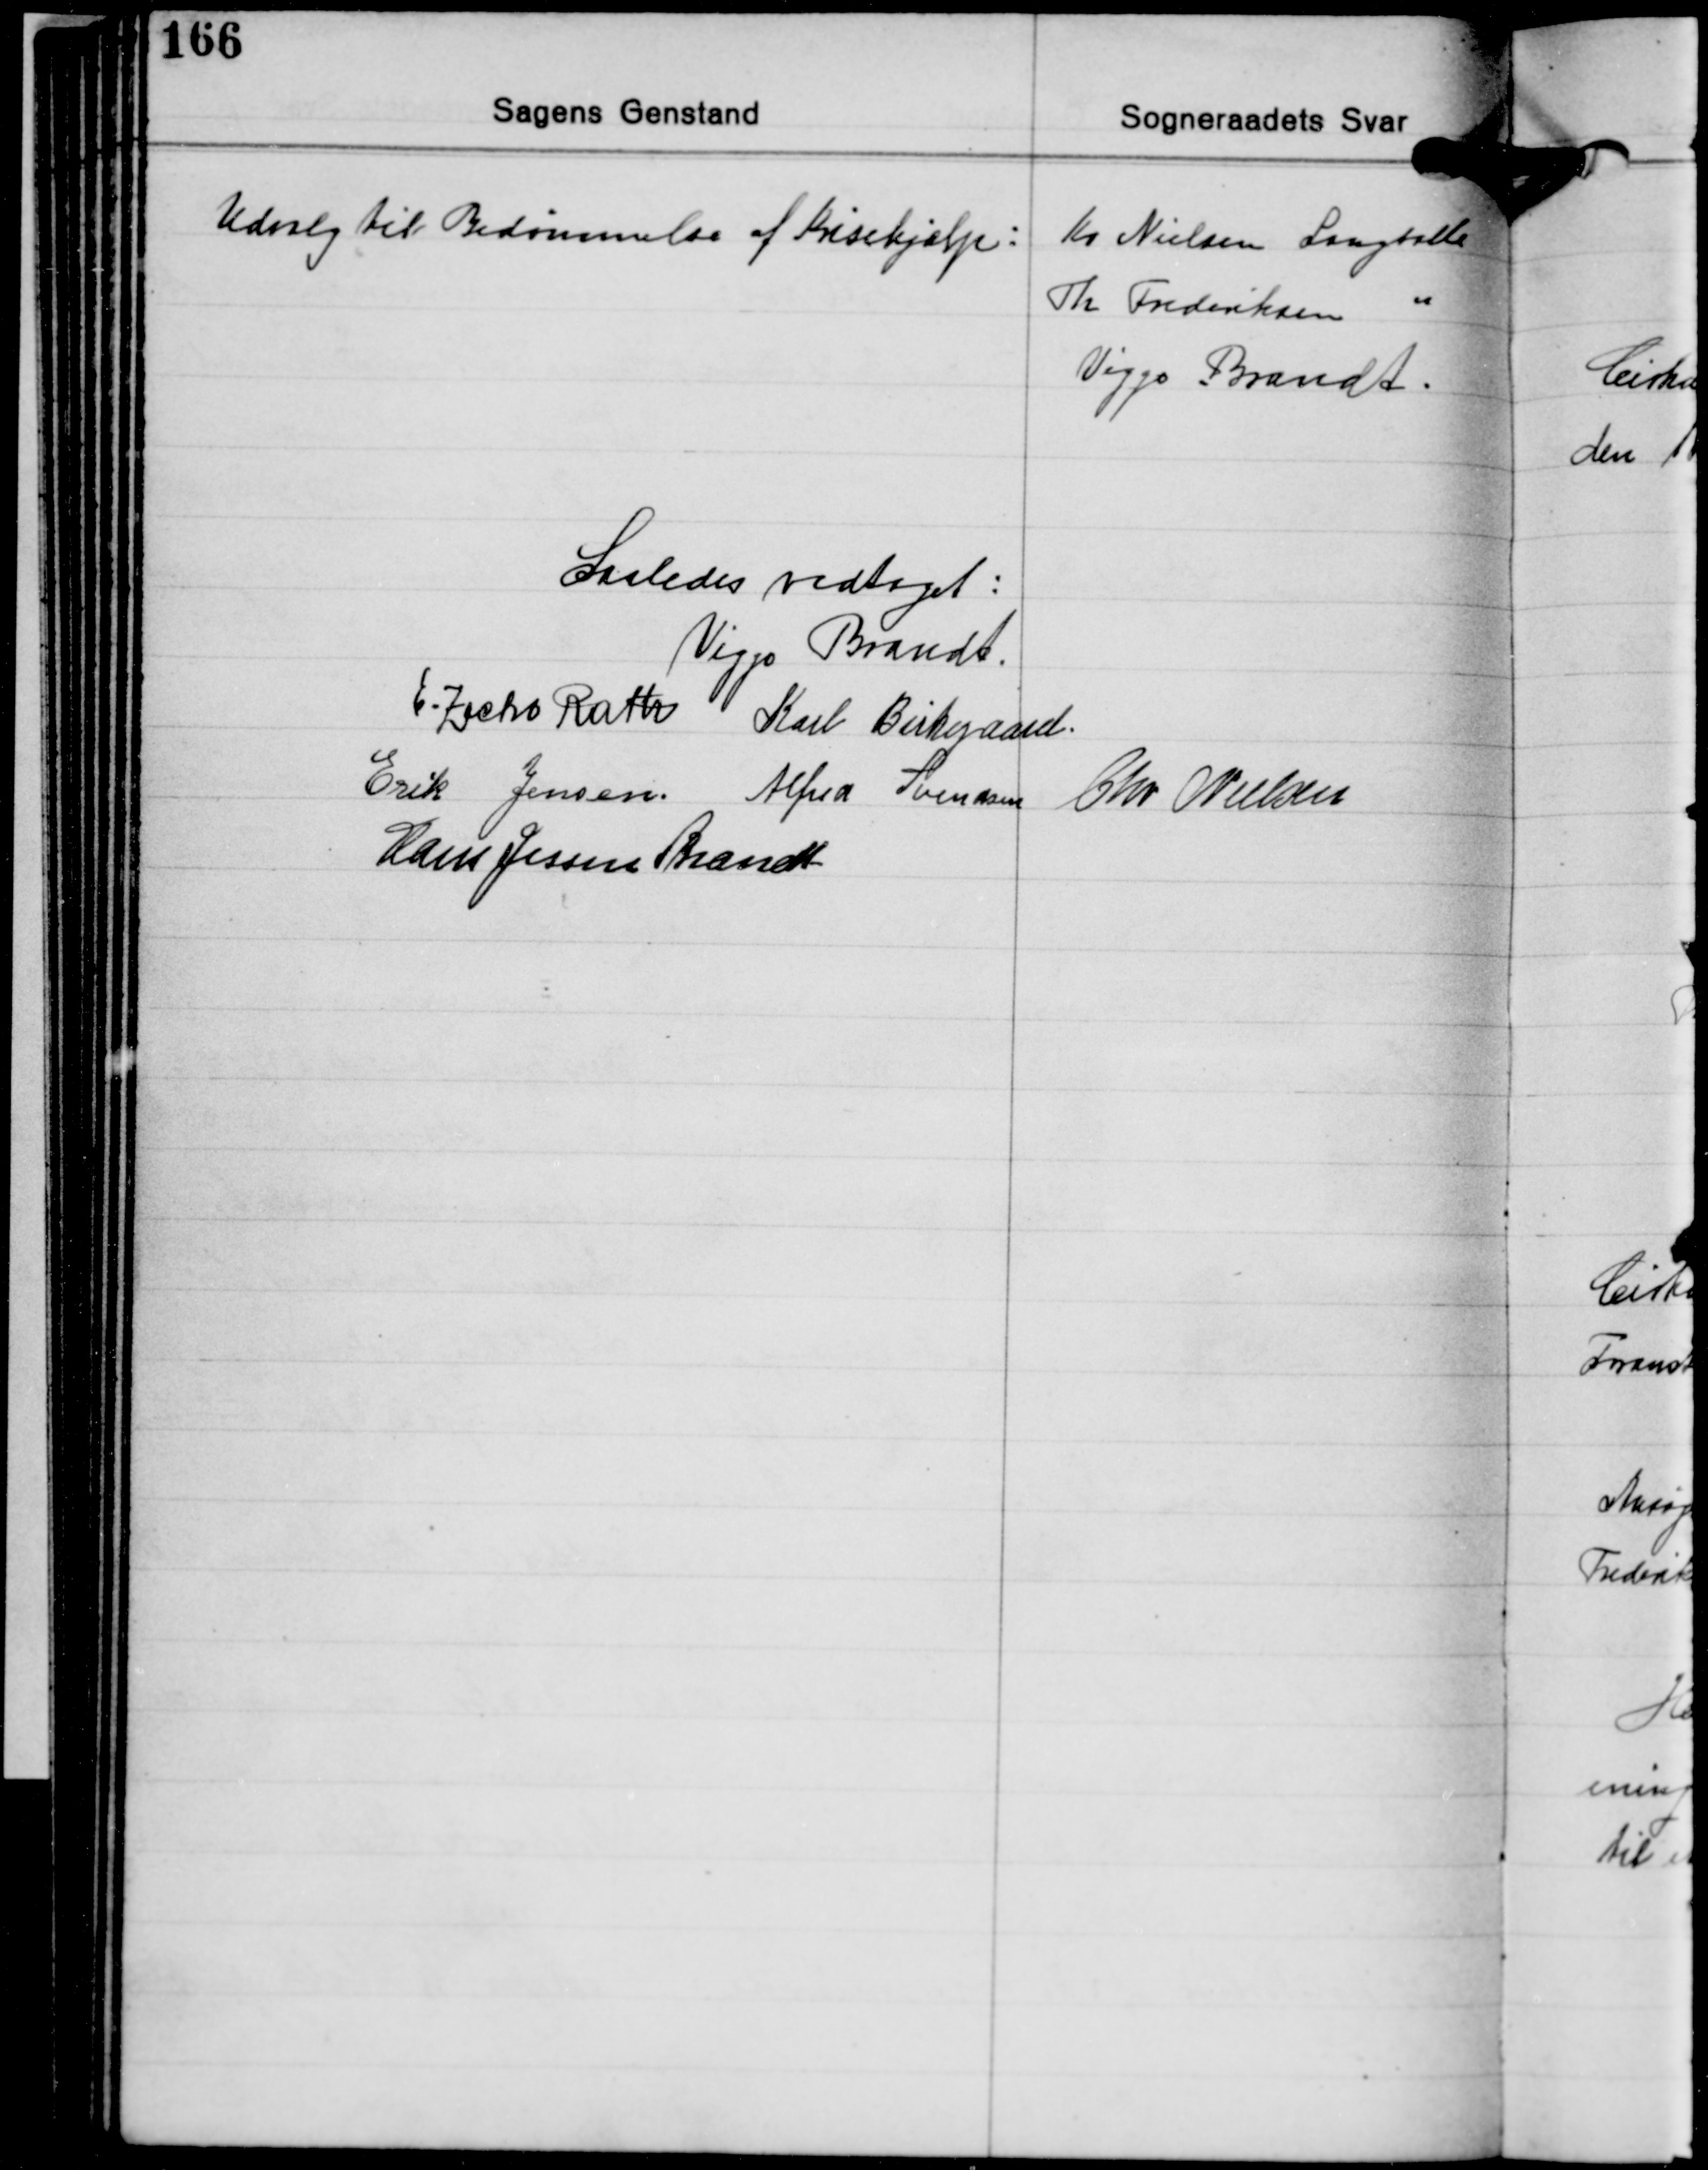
Transskription:
Udvalg til Bedømmelse af Krisehjælp:

Kr. Nielsen Langballe
Th. Frederiksen "
Viggo Brandt.

Saaledes vedtaget:
Viggo Brandt
E. Zacho Rath Karl Birkegaard
Erik Jensen Alfred Svendsen Chr. Nielsen
Hans Jessen Brandt